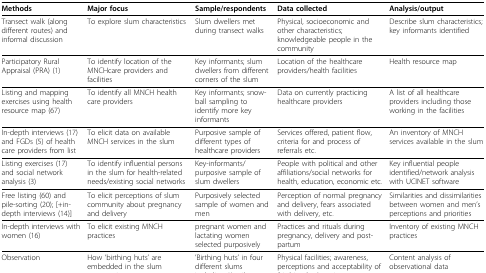
<table><thead><tr><td><b>Methods</b></td><td><b>Major focus</b></td><td><b>Sample/respondents</b></td><td><b>Data collected</b></td><td><b>Analysis/output</b></td></tr></thead><tbody><tr><td>Transect walk (along different routes) and informal discussion</td><td>To explore slum characteristics</td><td>Slum dwellers met during transect walks</td><td>Physical, socioeconomic and other characteristics; knowledgeable people in the community</td><td>Describe slum characteristics; key informants identified</td></tr><tr><td>Participatory Rural Appraisal (PRA) (1)</td><td>To identify location of the MNCHcare providers and facilities</td><td>Key informants; slum dwellers from different corners of the slum</td><td>Location of the healthcare providers/health facilities</td><td>Health resource map</td></tr><tr><td>Listing and mapping exercises using health resource map (67)</td><td>To identify all MNCH health care providers</td><td>Key informants; snow-ball sampling to identify more key informants</td><td>Data on currently practicing healthcare providers</td><td>A list of all healthcare providers including those working in the facilities</td></tr><tr><td>In-depth interviews (17) and FGDs (5) of health care providers from list</td><td>To elicit data on available MNCH services in the slum</td><td>Purposive sample of different types of healthcare providers</td><td>Services offered, patient flow, criteria for and process of referrals etc.</td><td>An inventory of MNCH services available in the slum</td></tr><tr><td>Listing exercises (17) and social network analysis (3)</td><td>To identify influential persons in the slum for health-related needs/existing social networks</td><td>Key-informants/purposive sample of slum dwellers</td><td>People with political and other affiliations/social networks for health, education, economic etc.</td><td>Key influential people identified/network analysis with UCINET software</td></tr><tr><td>Free listing (60) and pile-sorting (20); [+in-depth interviews (14)]</td><td>To elicit perceptions of slum community about pregnancy and delivery</td><td>Purposively selected sample of women and men</td><td>Perception of normal pregnancy and delivery, fears associated with delivery, etc.</td><td>Similarities and dissimilarities between women and men&#x27;s perceptions and priorities</td></tr><tr><td>In-depth interviews with women (16)</td><td>To elicit existing MNCH practices</td><td>pregnant women and lactating women selected purposively</td><td>Practices and rituals during pregnancy, delivery and post-partum</td><td>Inventory of existing MNCH practices</td></tr><tr><td>Observation</td><td>How &#x27;birthing huts&#x27; are embedded in the slum community</td><td>&#x27;Birthing huts&#x27; in four different slums including <i>Korail</i></td><td>Physical facilities; awareness, perceptions and acceptability of &#x27;birthing hut&#x27; services;</td><td>Content analysis of observational data</td></tr></tbody></table>